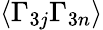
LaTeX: \langle\Gamma_{3j}\Gamma_{3n}\rangle